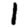
Digit: 1